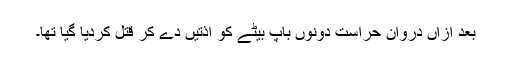
بعد ازاں دروان حراست دونوں باپ بیٹے کو اذتیں دے کر قتل کردیا گیا تھا۔